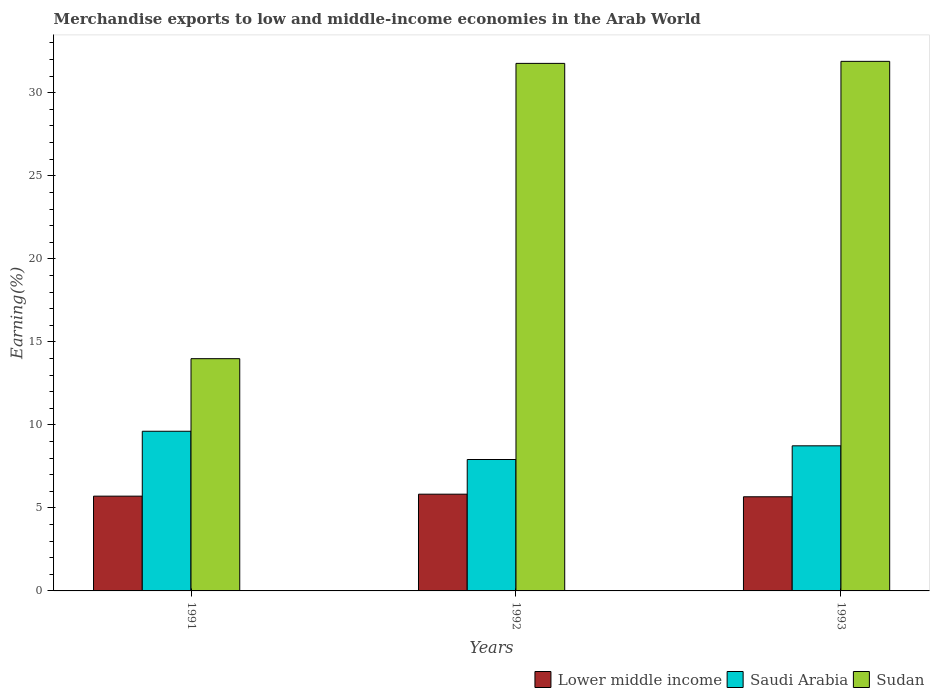
| Years | Lower middle income | Saudi Arabia | Sudan |
 | --- | --- | --- | --- |
 | 1991 | 5.71 | 9.62 | 14 |
 | 1992 | 5.83 | 7.91 | 31.8 |
 | 1993 | 5.67 | 8.74 | 31.9 |